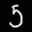
Label: 5